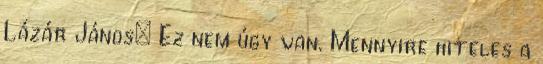
Lázár János: Ez nem úgy van. Mennyire hiteles a